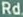
Rd